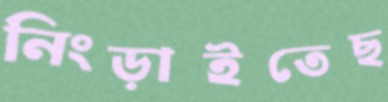
নিংড়াইতেছ